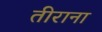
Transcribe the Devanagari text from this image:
तीराना